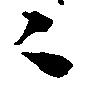
々